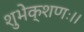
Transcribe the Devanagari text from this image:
शुभेक्शणः।।